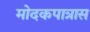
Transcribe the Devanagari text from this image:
मोदकपात्रास